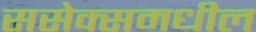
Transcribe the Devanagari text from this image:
ससेक्समधील